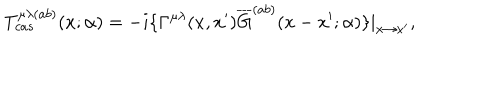
LaTeX: T _ { c a s } ^ { \mu \lambda ( a b ) } ( x ; \alpha ) = - i \{ \Gamma ^ { \mu \lambda } ( x , x ^ { \prime } ) \overline { { { G } } } ^ { ( a b ) } ( x - x ^ { \prime } ; \alpha ) \} | _ { x \rightarrow x ^ { \prime } } ,